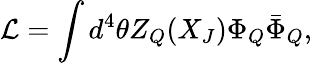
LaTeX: {\cal{L}}=\int d^{4}\theta Z_{Q}(X_{J})\Phi_{Q}\bar{\Phi}_{Q},